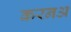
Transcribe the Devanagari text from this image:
करनअ